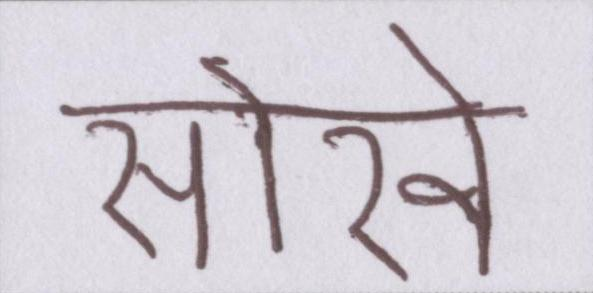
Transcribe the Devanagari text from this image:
सोखे